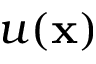
u ( \mathbf x )